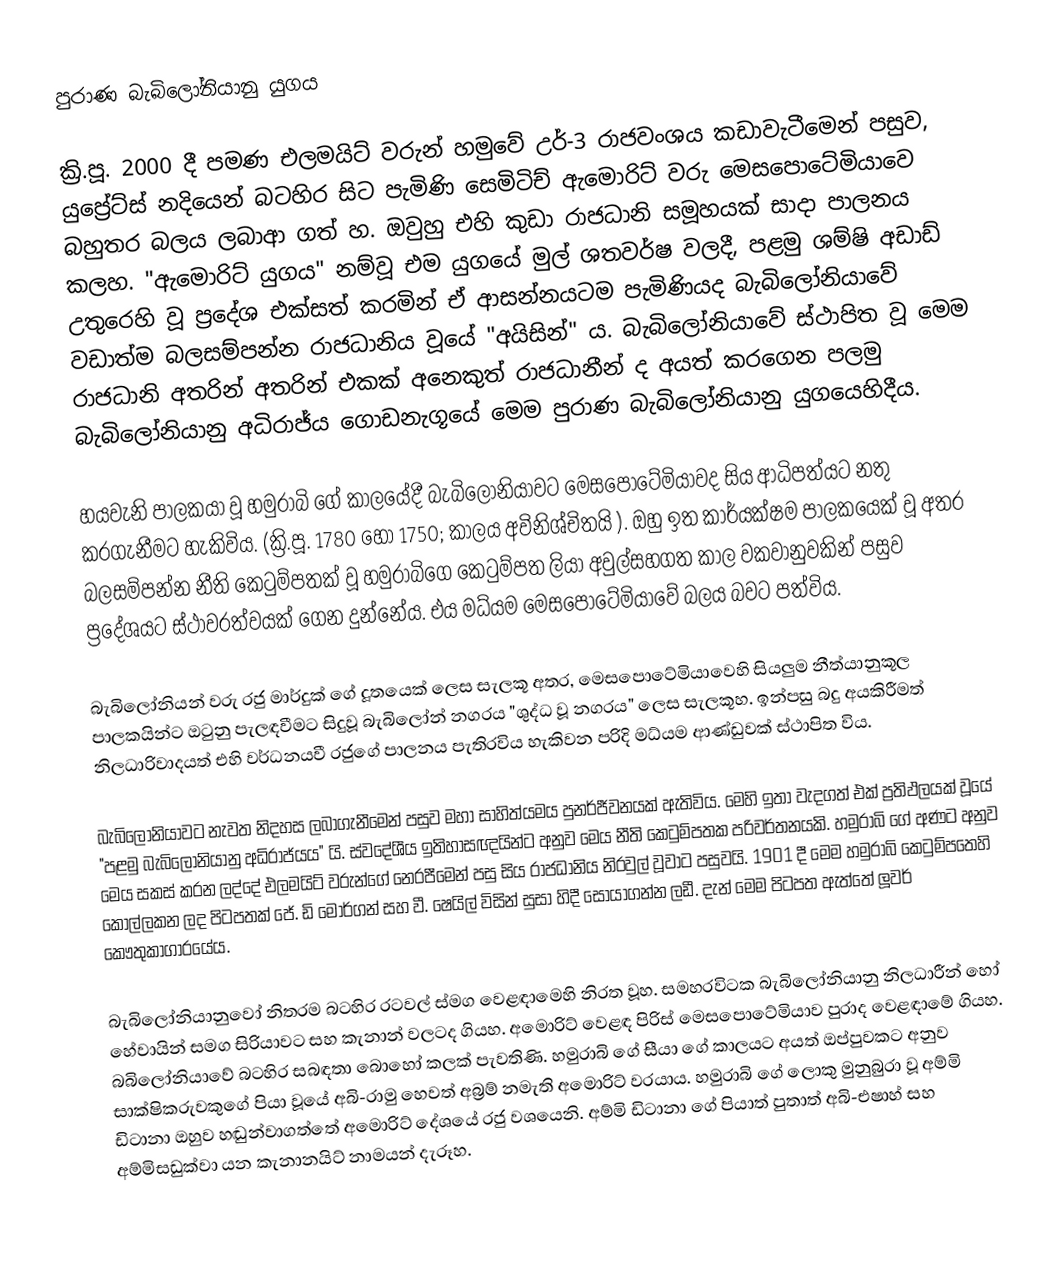
පුරාණ බැබිලෝනියානු යුගය

ක්‍රි.පූ. 2000 දී පමණ එලමයිට් වරුන් හමුවේ උර්-3 රාජවංශය කඩාවැටීමෙන් පසුව,  යුප්‍රේට්ස් නදියෙන් බටහිර සිට පැමිණි සෙමිටිච් ඇමොරිට් වරු මෙසපොටේමියාවෙ බහුතර බලය ලබාආ ගත් හ. ඔවුහු එහි කුඩා රාජධානි සමූහයක් සාදා පාලනය කලහ. "ඇමොරිට් යුගය" නම්වූ එම යුගයේ මුල් ශතවර්ෂ වලදී, පළමු ශම්ෂි අඩාඩ් උතුරෙහි වූ ප්‍රදේශ එක්සත් කරමින් ඒ ආසන්නයටම පැමිණියද බැබිලෝනියාවේ වඩාත්ම බලසම්පන්න රාජධානිය වූයේ "අයිසින්" ය. බැබිලෝනියාවේ ස්ථාපිත වූ මෙම රාජධානි අතරින් අතරින් එකක් අනෙකුත් රාජධානීන් ද අයත් කරගෙන පලමු බැබිලෝනියානු අධිරාජ්ය ගොඩනැගූයේ මෙම පුරාණ බැබිලෝනියානු යුගයෙහිදීය.

හයවැනි පාලකයා වූ හමුරාබි ගේ කාලයේදී බැබිලෝනියාවට මෙසපොටේමියාවද සිය ආධිපත්යට නතු කරගැනීමට හැකිවිය. (ක්‍රි.පූ. 1780 හෝ 1750; කාලය අවිනිශ්චිතයි ). ඔහු ඉත කාර්යක්ෂම පාලකයෙක් වූ අතර බලසම්පන්න නීති කෙටුම්පතක් වූ හමුරාබිගෙ කෙටුම්පත ලියා අවුල්සහගත කාල වකවානුවකින් පසුව ප්‍රදේශයට ස්ථාවරත්වයක් ගෙන දුන්නේය. එය මධ්යම මෙසපොටේමියාවේ බලය බවට පත්විය.

බැබිලෝනියන් වරු රජු මාර්දුක් ගේ දූතයෙක් ලෙස සැලකූ අතර, මෙසපොටේමියාවෙහි සියලුම නීත්යානුකූල පාලකයින්ට ඔටුනු පැලඳවීමට සිදුවූ බැබිලෝන් නගරය "ශුද්ධ වූ නගරය" ලෙස සැලකූහ. ඉන්පසු බදු අයකිරීමත් නිලධාරිවාදයත් එහි වර්ධනයවී රජුගේ පාලනය පැතිරවිය හැකිවන පරිදි මධ්යම ආණ්ඩුවක් ස්ථාපිත විය.

බැබිලොනියාවට නැවත නිදහස ලබාගැනීමෙන් පසුව  මහා සාහිත්යමය පුනර්ජීවනයක් ඇතිවිය. මෙහි ඉතා වැදගත් එක් ප්‍රතිඵලයක් වූයේ "පළමු බැබිලෝනියානු අධිරාජ්යය" යි. ස්වදේශීය ඉතිහාසඥයින්ට අනුව මෙය නීති කෙටුම්පතක පරිවර්තනයකි. හමුරාබි ගේ අණට අනුව මෙය සකස් කරන ලද්දේ  එලමයිට් වරුන්ගේ නෙරපීමෙන් පසු සිය රාජධානිය නිරවුල් වූවාට පසුවයි. 1901 දී මෙම හමුරාබි කෙටුම්පතෙහි කොල්ලකන ලද පිටපතක් ජේ. ඩි මෝර්ගන් සහ වී. ෂෙයිල් විසින් සුසා හිදී සොයාගන්න ලඩී. දැන් මෙම පිටපත ඇත්තේ ලූවර් කෞතුකාගාරයේය.

බැබිලෝනියානුවෝ නිතරම බටහිර රටවල් ස්මග වෙළඳාමෙහි නිරත වූහ. සමහරවිටක බැබිලෝනියානු නිලධාරීන් හෝ හේවායින් සමග සිරියාවට සහ කැනාන් වලටද ගියහ. අමොරිට් වෙළඳ පිරිස් මෙසපොටේමියාව පුරාද වෙළඳාමේ ගියහ. බබිලෝනියාවේ බටහිර සබඳතා බොහෝ කලක් පැවතිණි. හමුරාබි ගේ සීයා ගේ කාලයට අයත් ඔප්පුවකට අනුව සාක්ෂිකරුවකුගේ පියා වූයේ අබි-රාමු හෙවත් අබ්‍රම් නමැති අමොරිට් වරයාය. හමුරාබි ගේ ලොකු මුනුබුරා වූ අම්මි ඩිටානා ඔහුව හඬුන්වාගත්තේ අමොරිට් දේශයේ රජු වශයෙනි. අම්මි ඩිටානා ගේ පියාත් පුතාත් අබි-එෂාහ් සහ අම්මිසඩුක්වා යන කැනානයිට් නාමයන් දැරූහ.